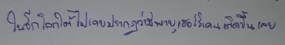
ในซีกโลกใต้ไม่เคยปรากฏว่ามีพายุเฮอร์ริเคนเกิดขึ้นเลย